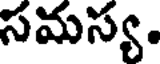
సమస్య.